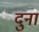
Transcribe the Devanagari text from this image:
दुना